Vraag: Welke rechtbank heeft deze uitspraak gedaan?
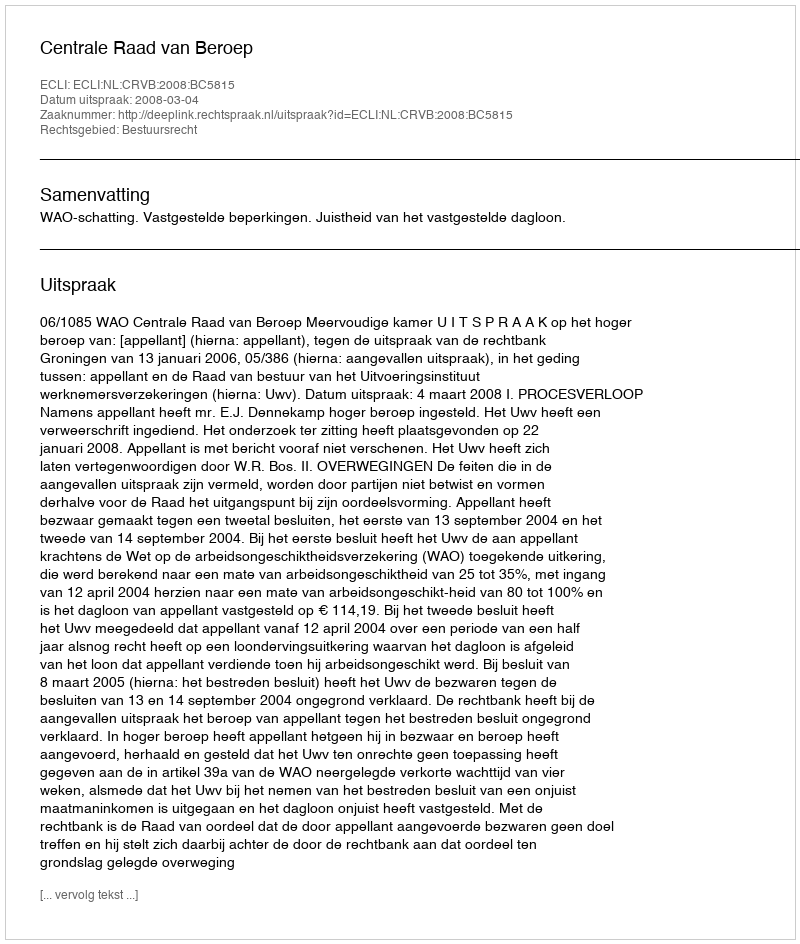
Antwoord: Centrale Raad van Beroep